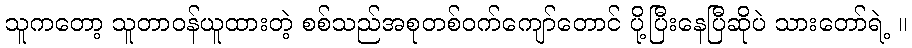
သူကတော့ သူတာဝန်ယူထားတဲ့ စစ်သည်အစုတစ်ဝက်ကျော်တောင် ပို့ပြီးနေပြီဆိုပဲ သားတော်ရဲ့ ။